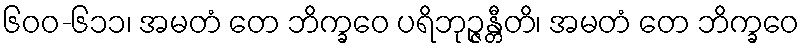
၆၀၀-၆၁၁၊ အမတံ တေ ဘိက္ခဝေ ပရိဘုဉ္ဇန္တီတိ၊ အမတံ တေ ဘိက္ခဝေ